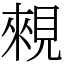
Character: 䚅